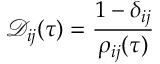
\mathcal { D } _ { i j } ( \tau ) = \frac { 1 - \delta _ { i j } } { \rho _ { i j } ( \tau ) }